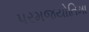
પરમજયોતિમા